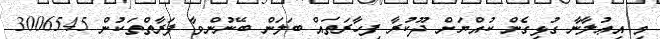
މި އިޢުލާނާ ގުޅިގެން ކުއްޔަށް ދޫކުރާ ފިހާރަތައް ބަލަން ބޭނުންވާ ފަރާތްތަކުން 3006545